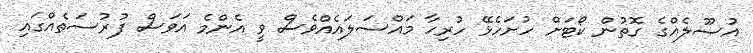
އުސޫލެއްގެ ގޮތުން ކޯޓަށް ހުށަހެޅޭ ހުރިހާ މައްސަލައެއްވެސް ވީ އެންމެ އަވަސް ފުރުސަތެއްގައި